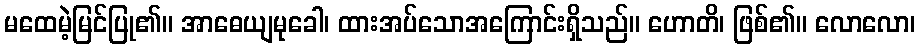
မထေမဲ့မြင်ပြု၏။ အာဓေယျမုခေါ၊ ထားအပ်သောအကြောင်းရှိသည်။ ဟောတိ၊ ဖြစ်၏။ လောလော၊